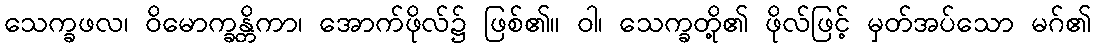
သေက္ခဖလ၊ ဝိမောက္ခန္တိကာ၊ အောက်ဖိုလ်၌ ဖြစ်၏။ ဝါ၊ သေက္ခတို့၏ ဖိုလ်ဖြင့် မှတ်အပ်သော မဂ်၏